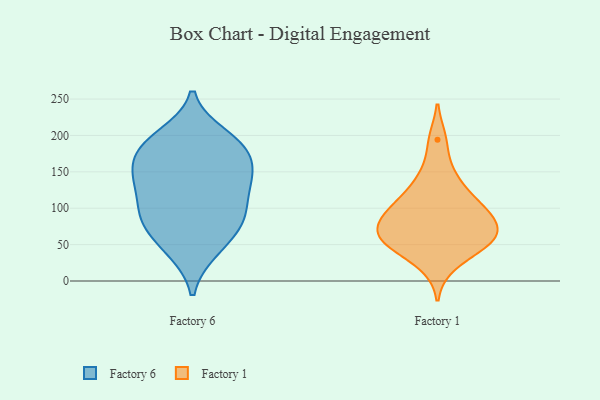
{"axis": {"x": "Market Share (%)", "y": "Value"}, "legend": ["Factory 1", "Factory 6"], "data": [{"x": "", "y": 86, "type": "Factory 6"}, {"x": "", "y": 186, "type": "Factory 6"}, {"x": "", "y": 141, "type": "Factory 6"}, {"x": "", "y": 131, "type": "Factory 6"}, {"x": "", "y": 148, "type": "Factory 6"}, {"x": "", "y": 199, "type": "Factory 6"}, {"x": "", "y": 138, "type": "Factory 6"}, {"x": "", "y": 95, "type": "Factory 6"}, {"x": "", "y": 181, "type": "Factory 6"}, {"x": "", "y": 189, "type": "Factory 6"}, {"x": "", "y": 88, "type": "Factory 6"}, {"x": "", "y": 179, "type": "Factory 6"}, {"x": "", "y": 42, "type": "Factory 6"}, {"x": "", "y": 73, "type": "Factory 6"}, {"x": "", "y": 45, "type": "Factory 6"}, {"x": "", "y": 91, "type": "Factory 6"}, {"x": "", "y": 144, "type": "Factory 6"}, {"x": "", "y": 56, "type": "Factory 1"}, {"x": "", "y": 104, "type": "Factory 1"}, {"x": "", "y": 51, "type": "Factory 1"}, {"x": "", "y": 64, "type": "Factory 1"}, {"x": "", "y": 150, "type": "Factory 1"}, {"x": "", "y": 95, "type": "Factory 1"}, {"x": "", "y": 22, "type": "Factory 1"}, {"x": "", "y": 50, "type": "Factory 1"}, {"x": "", "y": 76, "type": "Factory 1"}, {"x": "", "y": 130, "type": "Factory 1"}, {"x": "", "y": 194, "type": "Factory 1"}, {"x": "", "y": 54, "type": "Factory 1"}, {"x": "", "y": 109, "type": "Factory 1"}, {"x": "", "y": 87, "type": "Factory 1"}, {"x": "", "y": 78, "type": "Factory 1"}]}